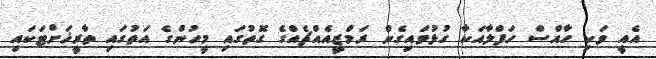
އެއީ ވަކި ހާއްސް ހަފްލާއަކާ ގުޅުވައިގެެން ރަމްޒީއެއްޗެެއްގެ ގޮތުގައި މީހުންގެ އަތުގައި ތާރީޚަށްޓަކައި